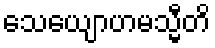
သေယျောဟမသ္မီတိ